Plague in India, 1896, 1897 - Volume 3
Year: 1896
Disease focus: Plague
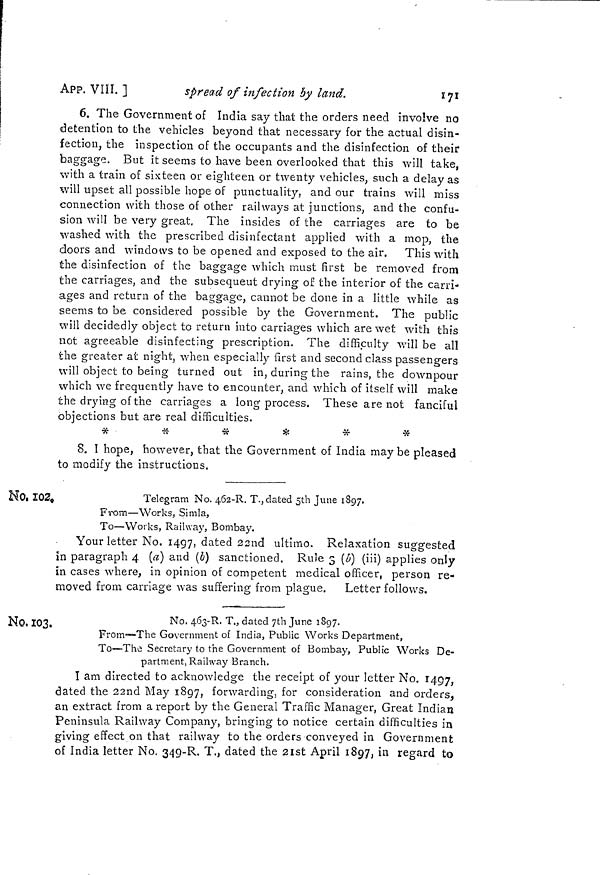
APP. VIII. ]
spread of infection by land.
171
6. The Government of India say that the orders need involve no
detention to the vehicles beyond that necessary for the actual disin-
fection, the inspection of the occupants and the disinfection of their
baggage But it seems to have been overlooked that this will take,
with a train of sixteen or eighteen or twenty vehicles, such a délay as
will upset all possible hope of punctuality, and our trains will miss
connection with those of other railways at junctions, and the confu-
sion will be very great. The insides of the carriages are to be
washed with the prescribed disinfectant applied with a mop, the
doors and windows to be opened and exposed to the air. This with
the disinfection of the baggage which must first be removed from
the carriages, and the subsequent drying of the interior of the carri-
ages and return of the baggage, cannot be done in a little while as
seems to be considered possible by the Government. The public
will decidedly object to return into carriages which are wet with this
not agreeable disinfecting prescription. The difficulty will be all
the greater at night, when especially first and second class passengers
will object to being turned out in, during the rains, the downpour
which we frequently have to encounter, and which of itself will make
the drying of the carriages a long process. These are not fanciful
objections but are real difficulties.
*
*
*
*
*
*
8. I hope, however, that the Government of India may be pleased
to modify the instructions.
No, 102,
Telegram No. 462-R. T., dated 5th June 1897.
From—Works, Simla,
To—Works, Railway, Bombay.
Your letter No. 1497, dated 22nd ultimo. Relaxation suggested
in paragraph 4 (a) and (6) sanctioned, Rule S (b) (iii) applies only
in cases where, in opinion of competent medical officer, person re-
moved from carnage was suffering from plague.
Letter follows.
No. 103.
No. 463-R. T., dated 7th June 1897.
From—The Government of India, Public Works Department,
To—The Secretary to the Government of Bombay, Public Works De-
partment, Railway Branch.
Î am directed to acknowledge the receipt of your letter No. 1497,
dated the 22nd May 1897, forwarding, for consideration and orders,
an extract from a report by the General Traffic Manager, Great Indian
Peninsula Railway Company, bringing to notice certain difficulties in
giving effect on that railway to the orders conveyed in Government
of India letter No. 349-R. T., dated the 21st April 1897, in regard to